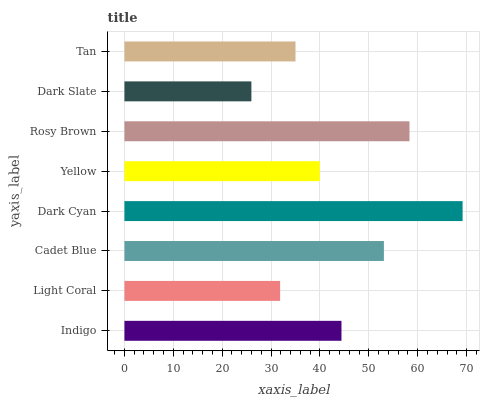
| yaxis_label | bars |
 | --- | --- |
 | Indigo | 44.4 |
 | Light Coral | 31.9 |
 | Cadet Blue | 53.1 |
 | Dark Cyan | 69.2 |
 | Yellow | 40 |
 | Rosy Brown | 58.3 |
 | Dark Slate | 26 |
 | Tan | 35 |